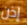
إذن